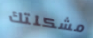
مشكلتك